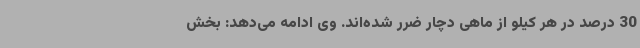
30 درصد در هر کیلو از ماهی دچار ضرر شده‌اند. وی ادامه می‌دهد: بخش